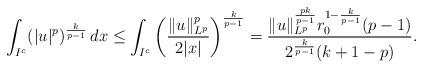
LaTeX: \begin{align*}\int_{I^c}(|u|^{p})^{\frac{k}{p-1}}\, dx\leq \int_{I^c} \left(\frac{\|u\|_{L^p}^{p}}{2|x|}\right)^{\frac{k}{p-1}}=\frac{\|u\|_{L^p}^{\frac{pk}{p-1}}r_0^{1-\frac{k}{p-1}}(p-1)}{2^{\frac{k}{p-1}}(k+1-p)}.\end{align*}